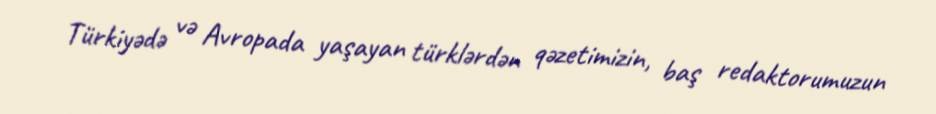
Türkiyədə və Avropada yaşayan türklərdən qəzetimizin, baş redaktorumuzun